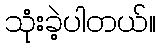
သုံးခဲ့ပါတယ်။